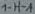
Text: 1